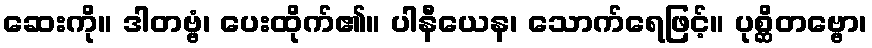
ဆေးကို။ ဒါတဗ္ဗံ၊ ပေးထိုက်၏။ ပါနီယေန၊ သောက်ရေဖြင့်။ ပုစ္ဆိတဗ္ဗော၊